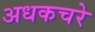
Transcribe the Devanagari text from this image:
अधकचरे